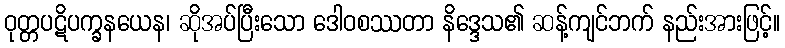
ဝုတ္တပဋိပက္ခနယေန၊ ဆိုအပ်ပြီးသော ဒေါဝစဿတာ နိဒ္ဒေသ၏ ဆန့်ကျင်ဘက် နည်းအားဖြင့်။